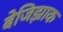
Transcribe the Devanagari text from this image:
बेजिझाक